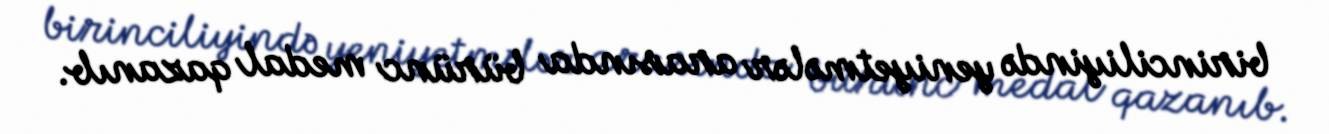
birinciliyində yeniyetmələr arasında bürünc medal qazanıb.